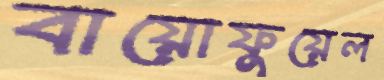
বায়োফুয়েল